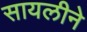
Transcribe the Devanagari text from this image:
सायलीने